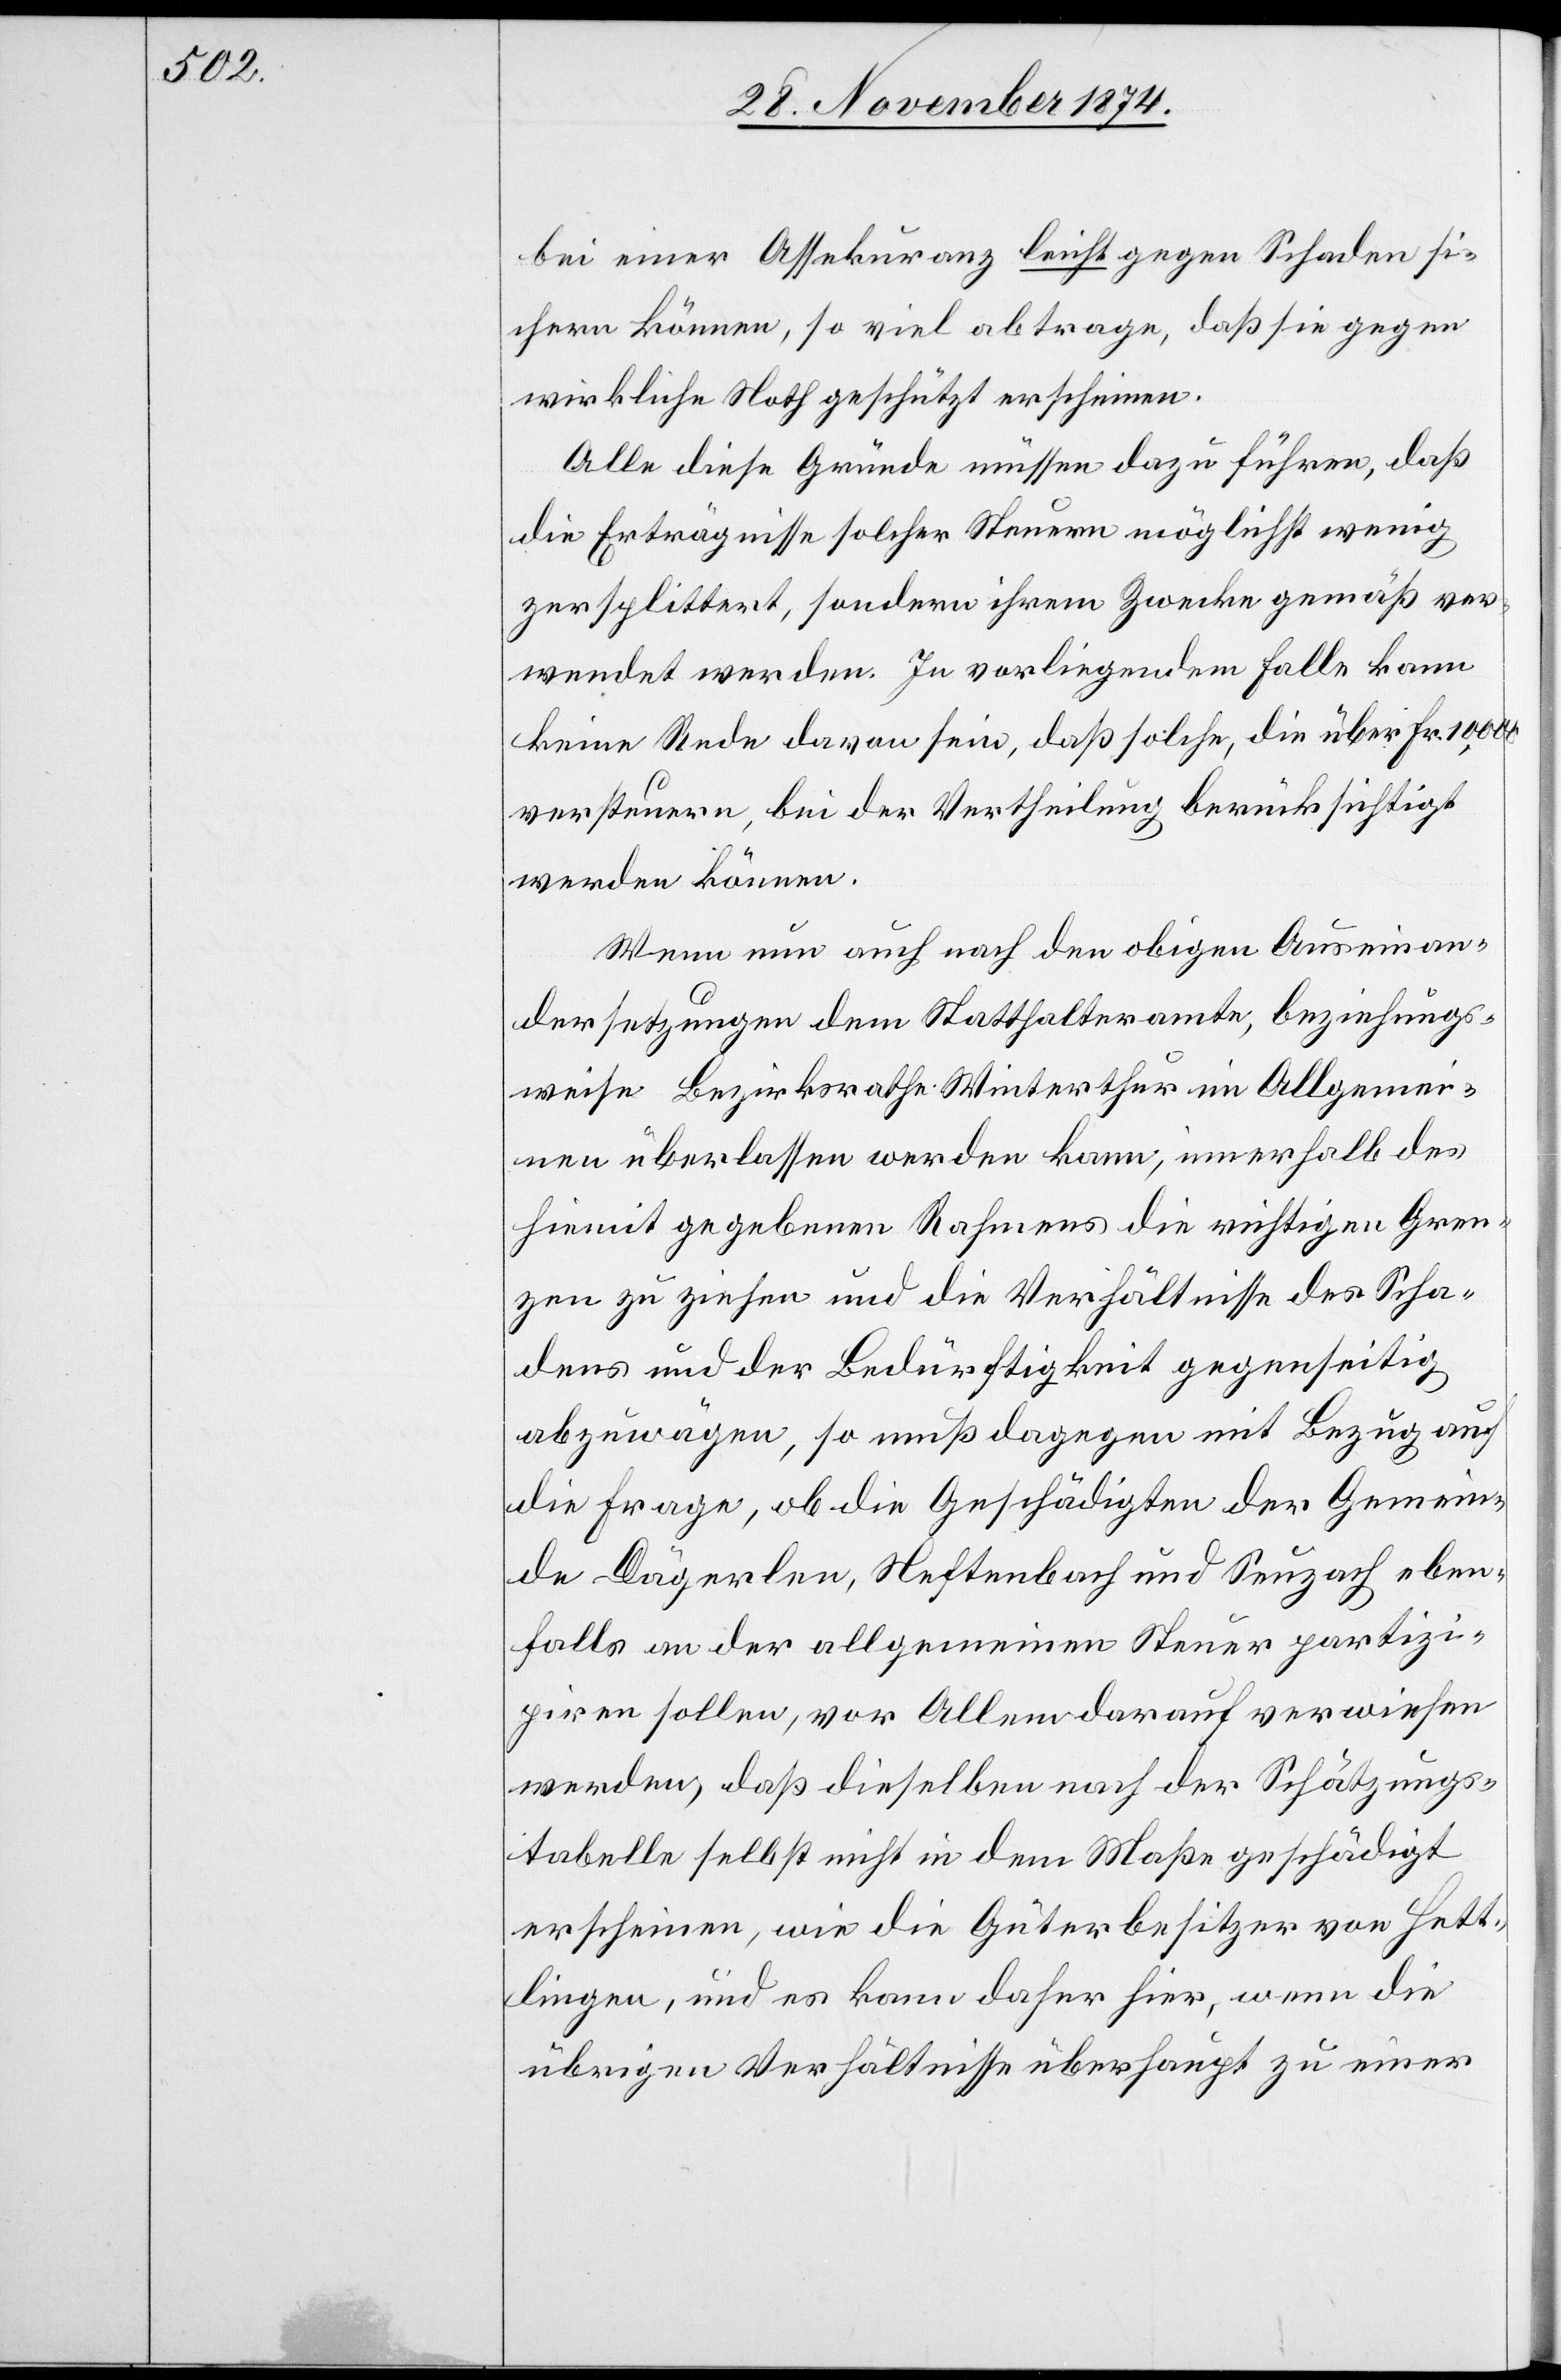
bei einer Assekuranz leicht gegen Schaden si¬
chern können, so viel abtrage, daß sie gegen
wirkliche Noth geschützt erscheinen.
Alle diese Gründe müssen dazu führen, daß
die Erträgnisse solcher Steuern möglichst wenig
zersplittert, sondern ihrem Zwecke gemäß ver¬
wendet werden. In vorliegendem Falle kann
keine Rede davon sein, daß solche, die über Fr. 10,000
versteuern, bei der Vertheilung berücksichtigt
werden können.
Wenn nun auch nach den obigen Auseinan¬
dersetzungen dem Statthalteramte, beziehungs¬
weise Bezirksrathe Winterthur im Allgemei¬
nen überlassen werden kann, innerhalb des
hiemit gegebenen Rahmens die richtigen Gren¬
zen zu ziehen und die Verhältnisse des Scha¬
dens und der Bedürftigkeit gegenseitig
abzuwägen, so muß dagegen mit Bezug auf
die Frage, ob die Geschädigten der Gemein¬
de Dägerlen, Neftenbach und Seuzach eben¬
falls an der allgemeinen Steuer partizi¬
piren sollen, vor Allem darauf verwiesen
werden, daß dieselben nach der Schätzungs¬
tabelle selbst nicht in dem Maße geschädigt
erscheinen, wie die Güterbesitzer von Hett¬
lingen, und es kann daher hier, wenn die
übrigen Verhältnisse überhaupt zu einer